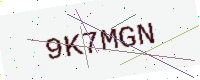
Text: 9K7MGN